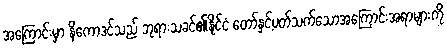
အကြောင်းမှာ နိကောဒင်သည် ဘုရားသခင်၏နိုင်ငံ တော်နှင့်ပတ်သက်သောအကြောင်းအရာများကို